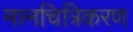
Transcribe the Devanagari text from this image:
मानचित्रिकरण